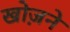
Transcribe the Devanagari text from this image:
खोज़ने